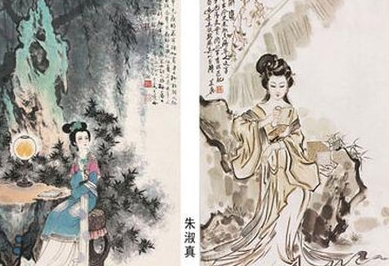
楼外垂杨千万缕。欲系青春，少住春还去。